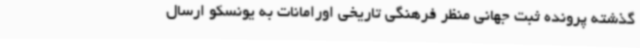
گذشته پرونده ثبت جهانی منظر فرهنگی تاریخی اورامانات به یونسکو ارسال